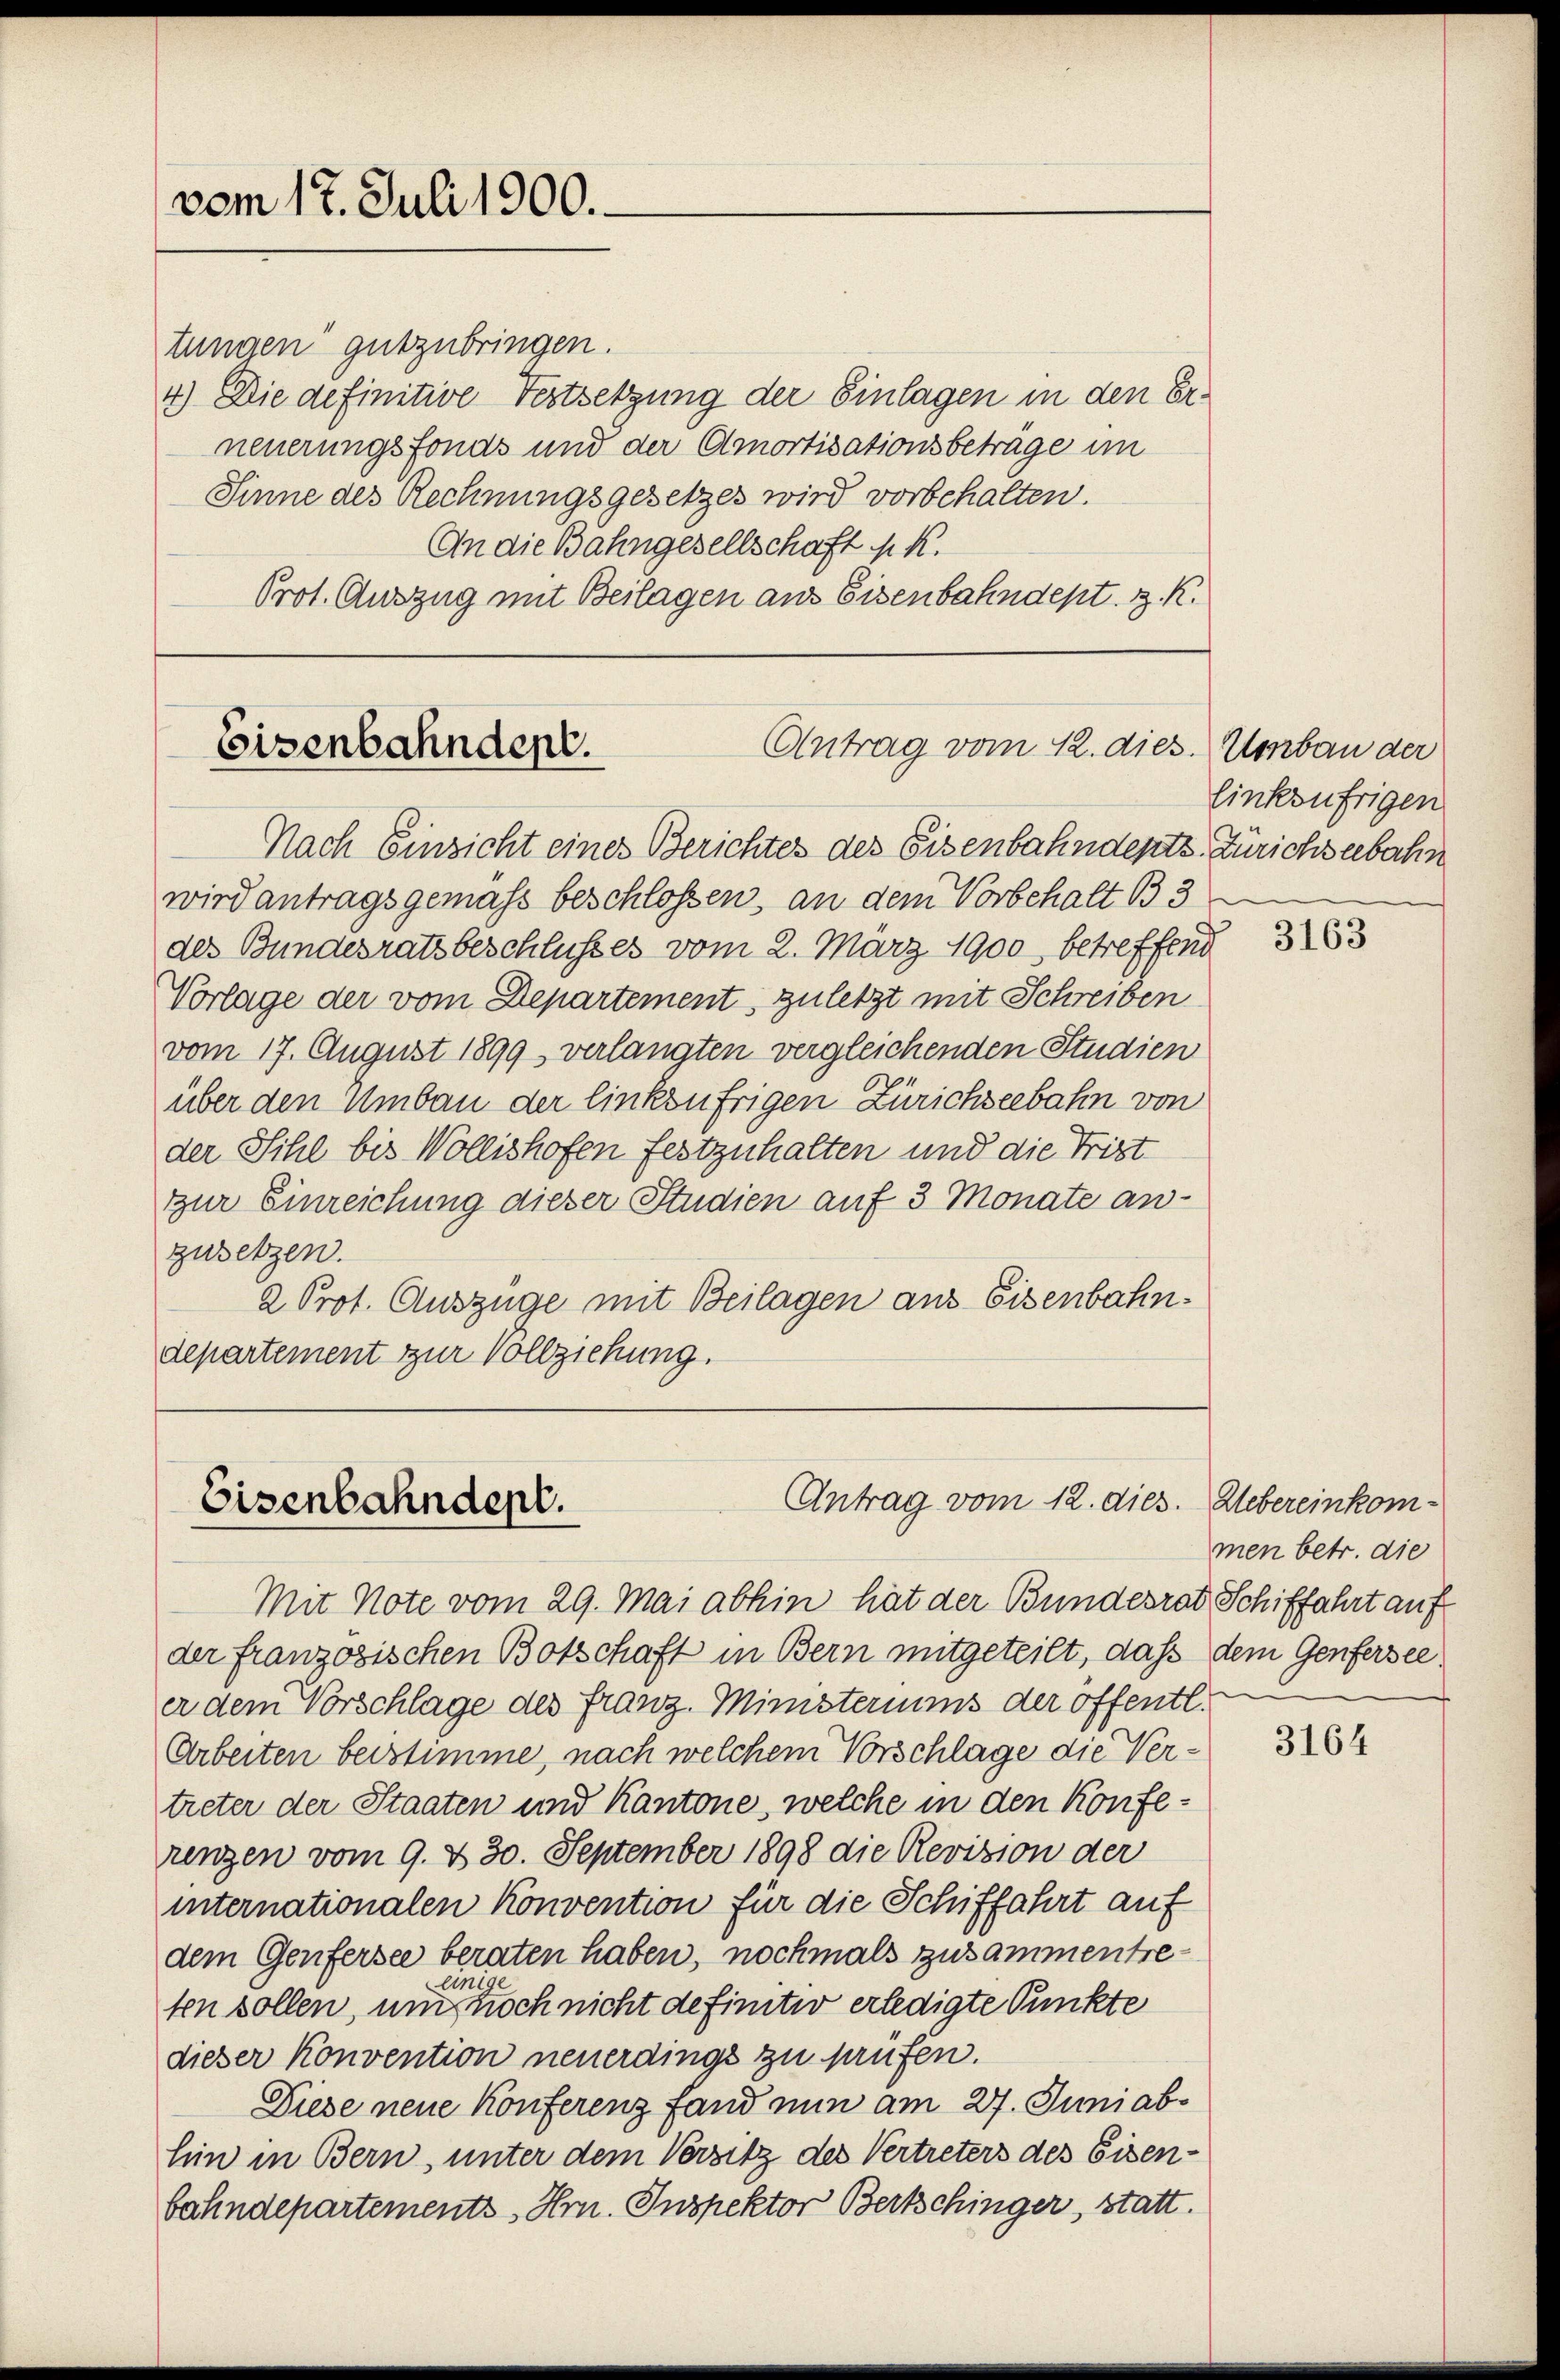
vom 17. Juli 1900.

tungen gutzubringen.
4) Die definitive Fortsetzung der Einlagen in den Erneuerungsfonds und der Amortisationsbeträge im
Sinne des Rechnungsgesetzes wird vorbehalten.
An die Bahngesellschaft k. k.
Prot. Auszug mit Beilagen aus Eisenbahndept. z. K.

Antrag vom 12. dies
Eisenbahndent.

Nach Einsicht eines Berichtes des Eisenbahndents. Zürichseebahn
wird antragsgemäss beschlossen, an dem Vorbehalt B33
des Bundesratsbeschlusses vom 2. März 1900, betreffend
Vorlage der vom Departement, zuletzt mit Schreiben
vom 17. August 1899 verlangten vergleichenden Studien
über den Umbau der linksufrigen Zürichseebahn von
der Sihl bis Wollishofen festzuhalten und die Trist
zur Einreichung dieser Studien auf 3 Monate anzusetzen.
2 Prot. Auszüge mit Beilagen aus Eisenbahn.
departement zur Vollziehung.

Antrag vom 12. dies. Webereinkom¬
Eisenbahndept.

Mit Note vom 29. Mai abhin hat der Bundesrat Schiffahrt auf
der franzosischen Botschaft in Bern mitgeteilt, dass dem Genfersee
er dem Vorschlage des Franz. Ministeriums der öffentl.
Arbeiten beistimme, nach welchem Vorschlage die Vertreter der Staaten und Kantone, welche in den Konferenzen vom 9. & 30. September 1898 die Revision der
internationalen Konvention für die Schiffahrt auf
dem Genfersee beraten haben, nochmals zusammentreten sollen, um er noch nicht definitiv erledigte Punkte
dieser Konvention neuerdings zu prüfen.
Diese neue Konferenz fand nun am 27. Juniabhin in Bern, unter dem Versitz des Vertreters des Eisen-
bahndepartements Hrn. Inspektor Bertschinger, statt.

Umbau der
linksufrigen

3163

men betr. die

3164